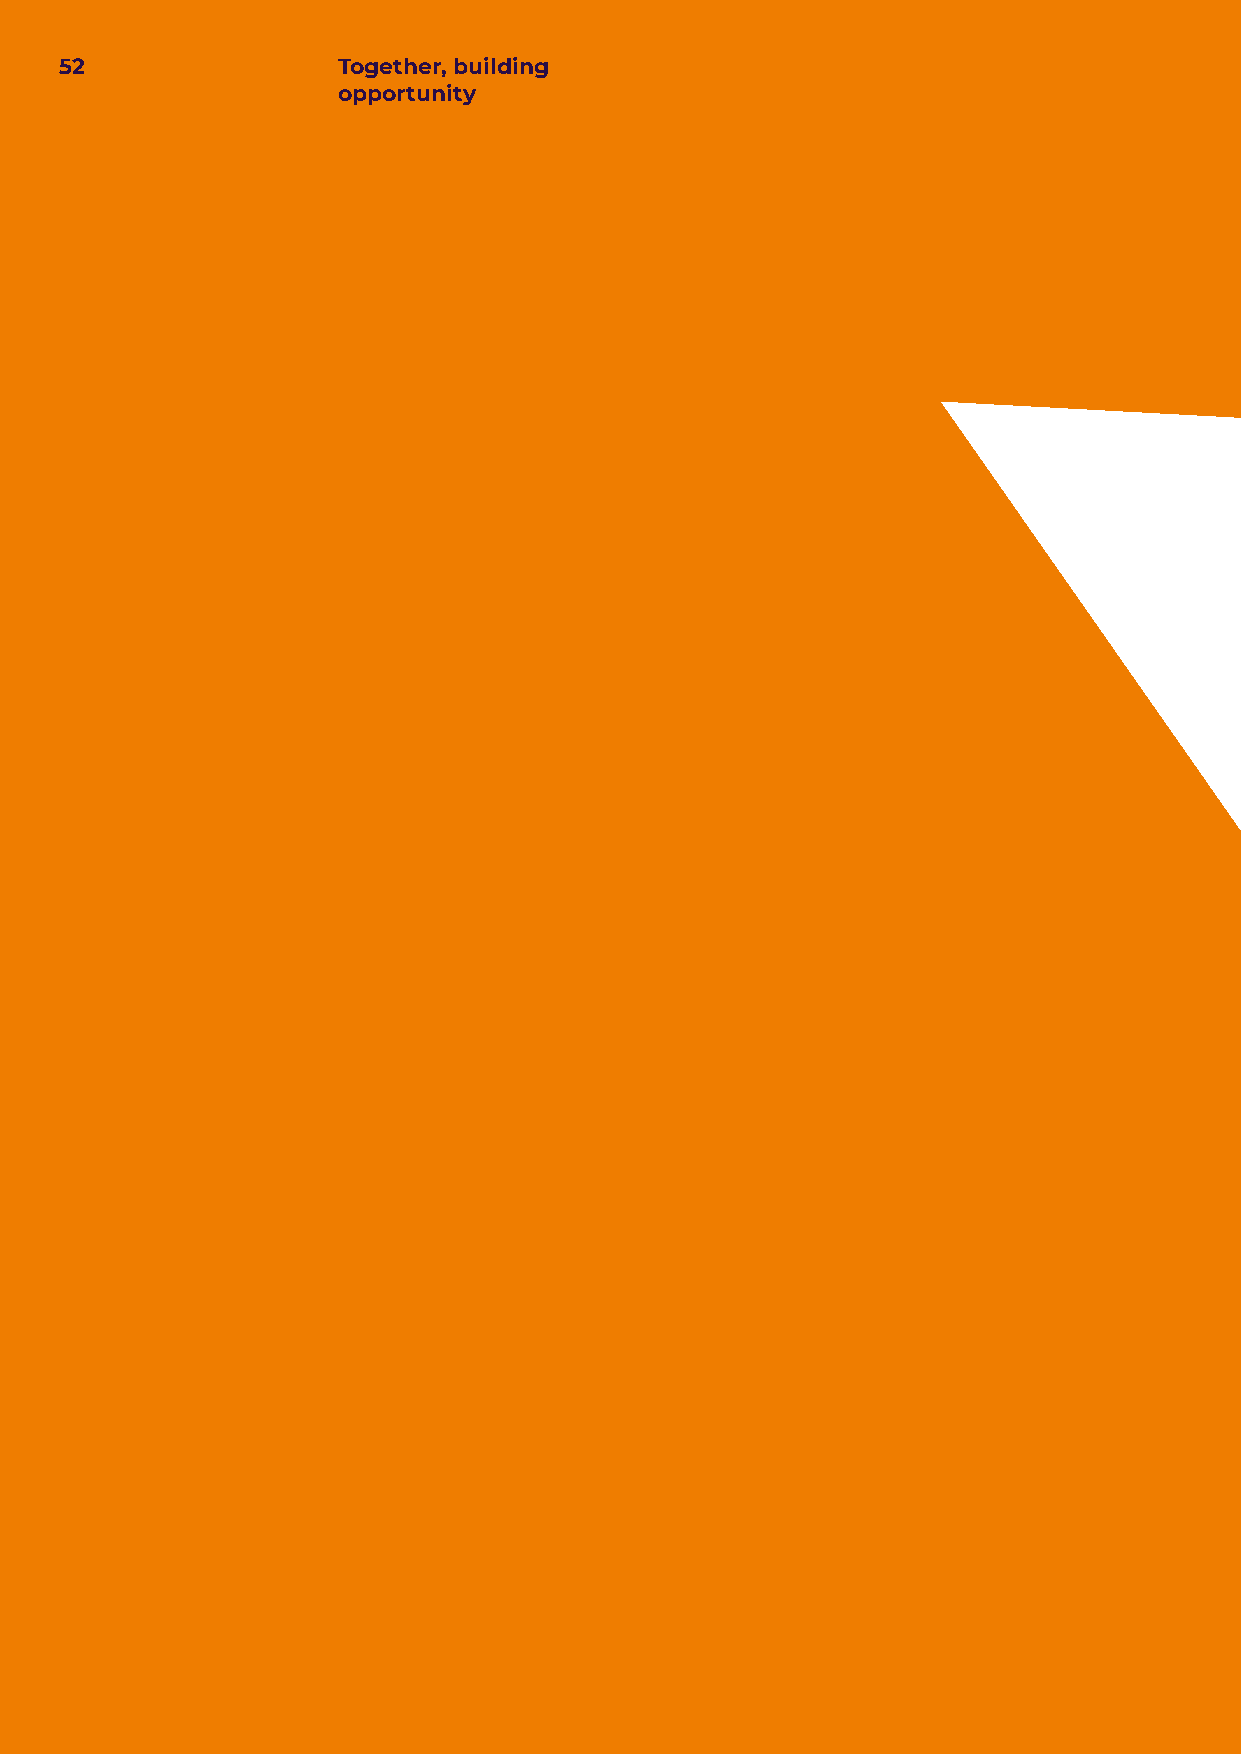
52                Together, building
 opportunity